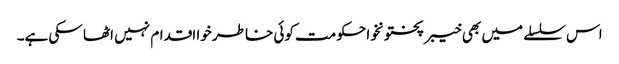
اس سلسلے میں بھی خیبر پختونخوا حکومت کوئی خاطر خوا اقدام نہیں اٹھا سکی ہے۔